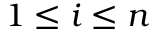
1 \leq i \leq n